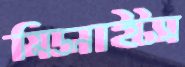
মিডনাইটস